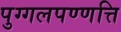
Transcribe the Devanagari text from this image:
पुग्गलपण्णत्ति